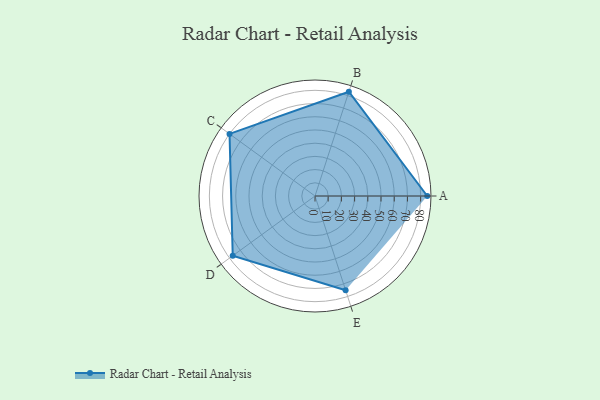
{"axis": {"x": "Skill", "y": "Score"}, "legend": ["Profile"], "data": [{"x": "A", "y": 85.0, "type": "Profile"}, {"x": "B", "y": 83.0, "type": "Profile"}, {"x": "C", "y": 80.0, "type": "Profile"}, {"x": "D", "y": 77.0, "type": "Profile"}, {"x": "E", "y": 75.0, "type": "Profile"}]}